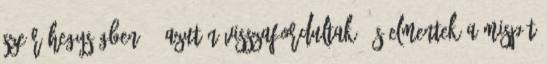
Szeír hegységben. 7 Azután visszafordultak, és elmentek a Mispát